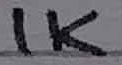
Text: 1K